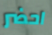
احضر